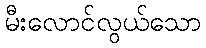
မီးလောင်လွယ်သော